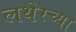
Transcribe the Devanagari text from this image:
लथेरच्या